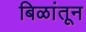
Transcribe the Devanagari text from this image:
बिळांतून